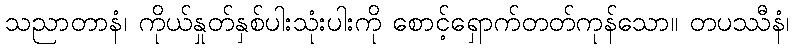
သညာတာနံ၊ ကိုယ်နှုတ်နှစ်ပါးသုံးပါးကို စောင့်ရှောက်တတ်ကုန်သော။ တပဿီနံ၊